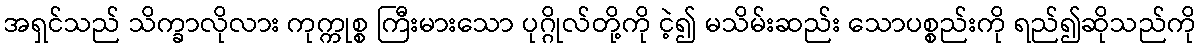
အရှင်သည် သိက္ခာလိုလား ကုက္ကုစ္စ ကြီးမားသော ပုဂ္ဂိုလ်တို့ကို ငဲ့၍ မသိမ်းဆည်း သောပစ္စည်းကို ရည်၍ဆိုသည်ကို